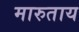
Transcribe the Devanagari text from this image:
मारुताय